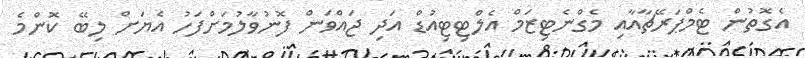
އެގޮތުން ޓެމްޕަރޭޗާއާއި މެގްނެޓިޒަމް އެލްޓިޓިއުޑް އަދި ޖައްވަން ފޮނުވާލުމަށްފަހު އެޔަށް ލިބޭ ކޮންމެ